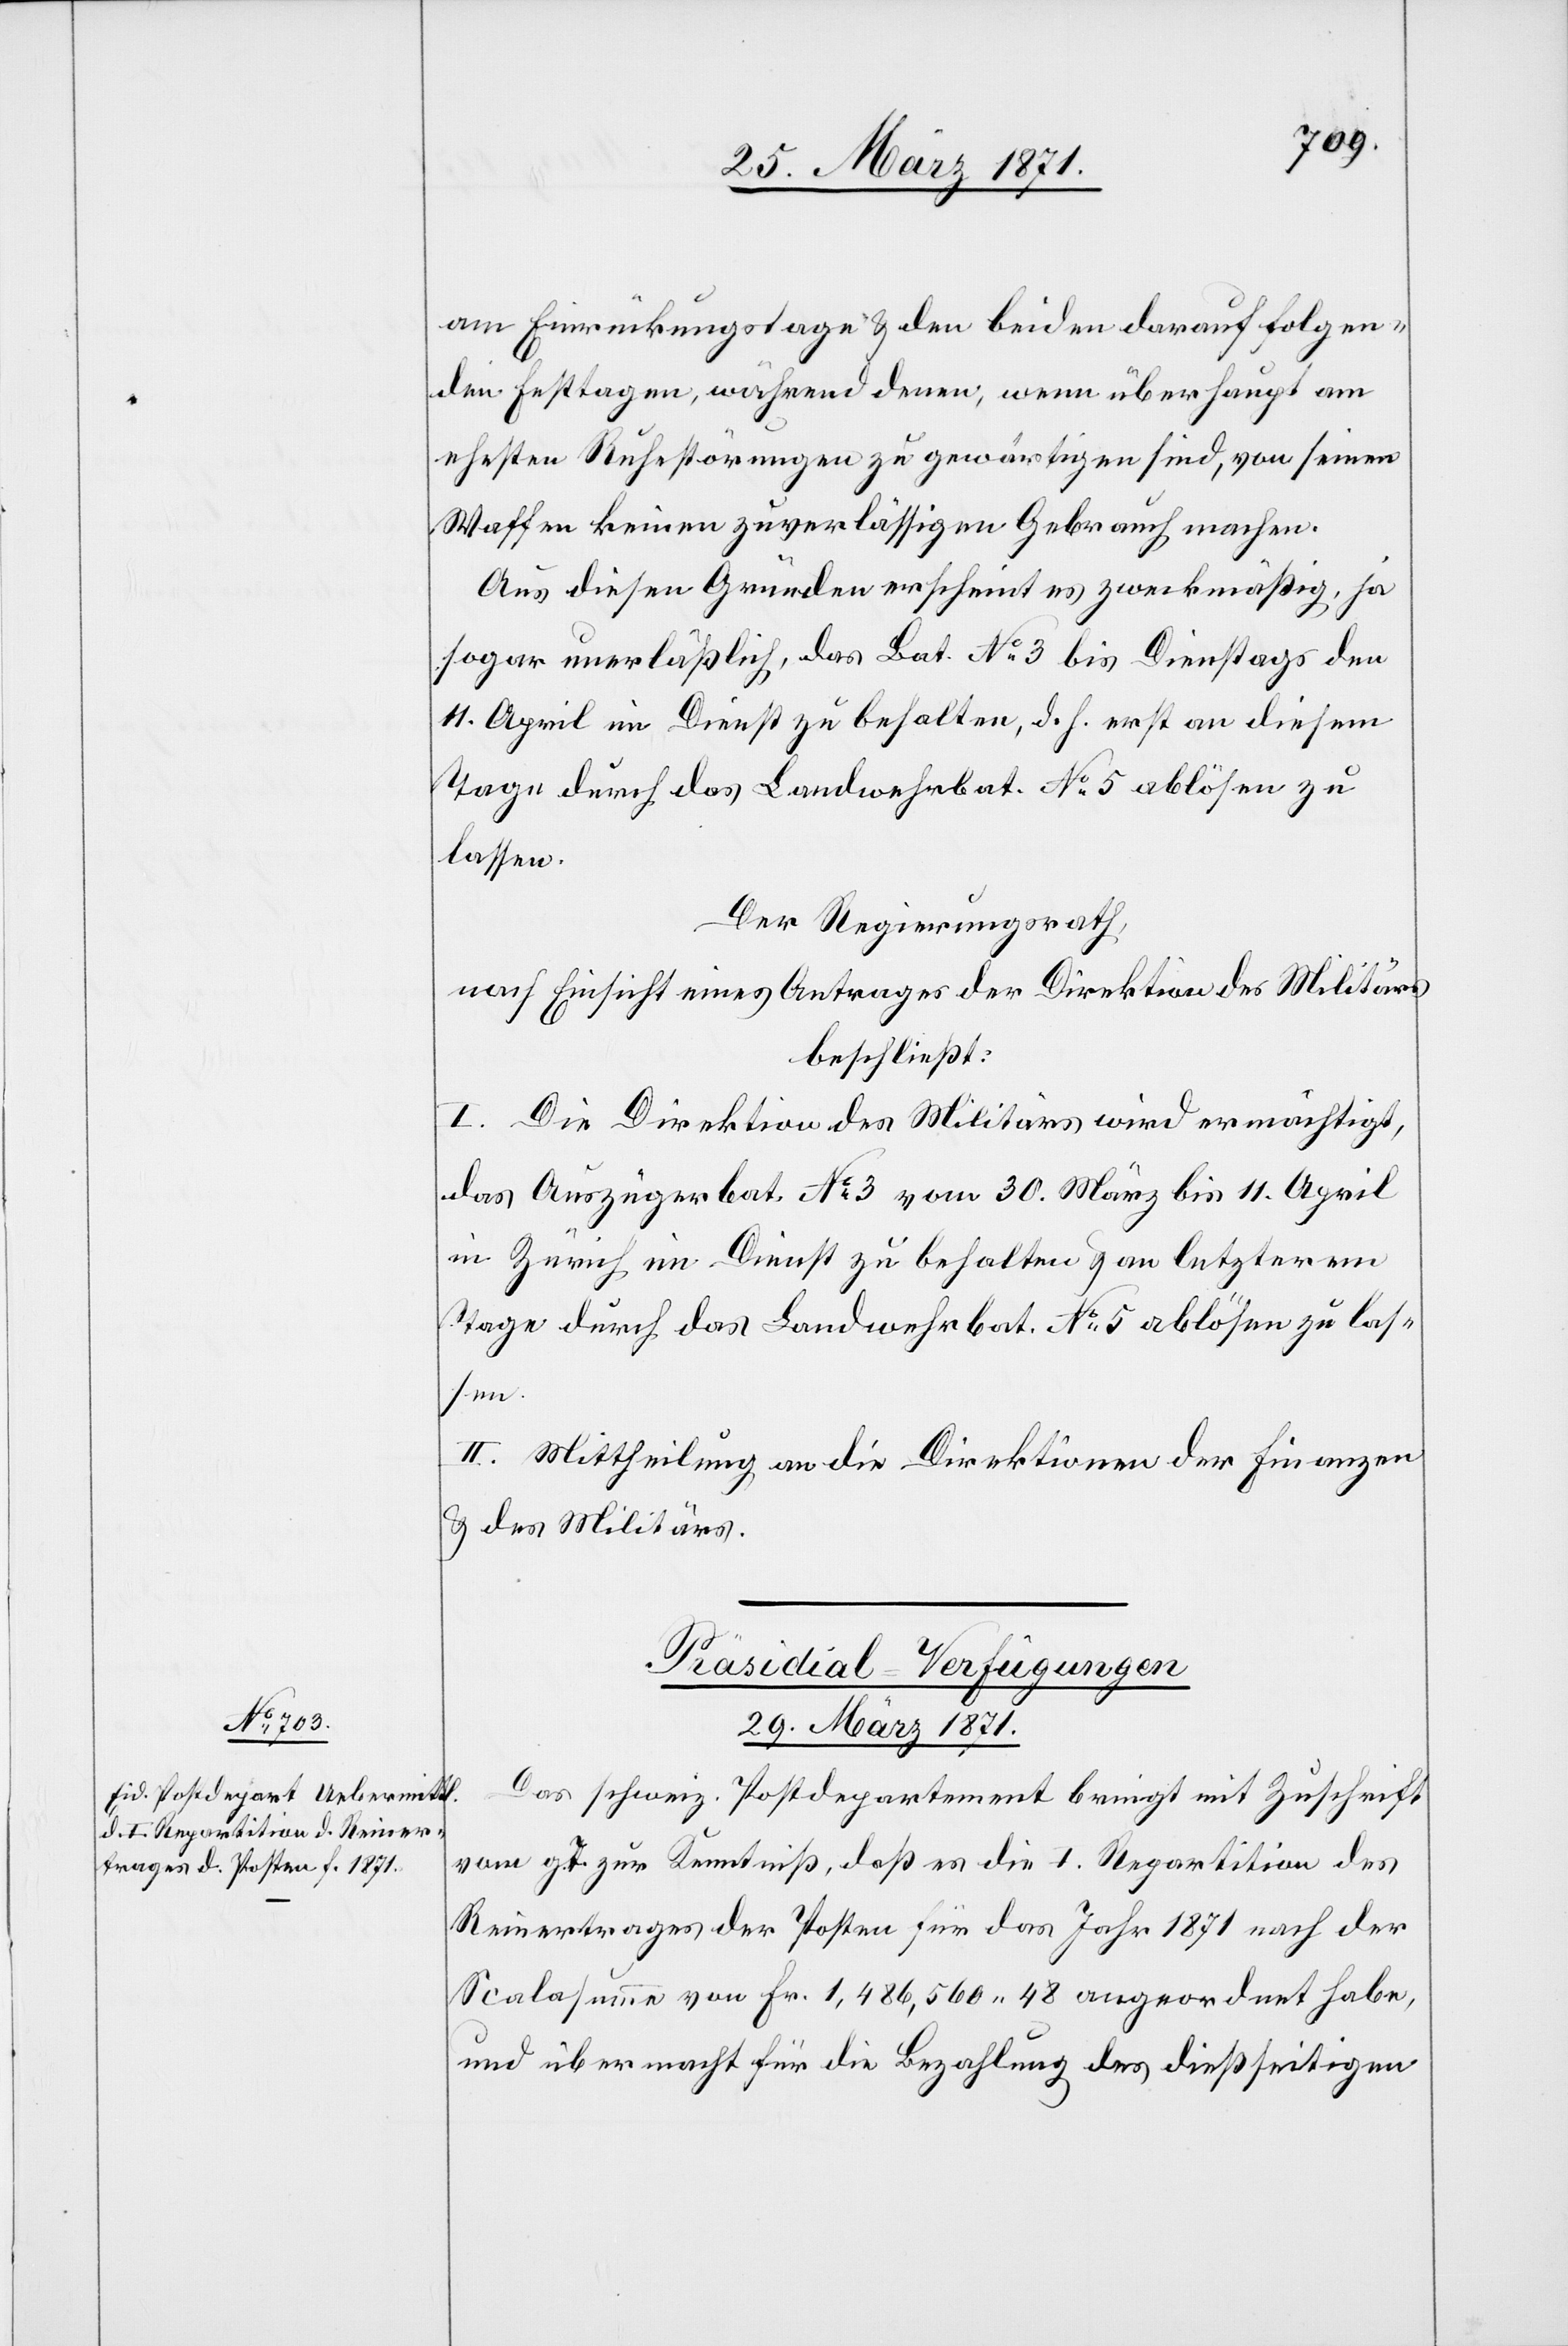
am Einrückungstage u. den beiden darauf folgen¬
den Festtagen, während denen, wenn überhaupt am
ehesten Ruhestörungen zu gewärtigen sind, von seinen
Waffen keinen zuverlässigen Gebrauch machen.
Aus diesen Gründen erscheint es zweckmäßig, ja
sogar unerläßlich, das Bat. No. 3 bis Dienstags den
11. April im Dienst zu behalten, d. h. erst an diesem
Tage durch das Landwehrbat. No. 5 ablösen zu
lassen.
Der Regierungsrath,
nach Einsicht eines Antrages der Direktion des Militärs
beschließt:
I. Die Direktion des Militärs wird ermächtigt,
das Auszügerbat. No. 3 vom 30. März bis 11. April
in Zürich im Dienst zu behalten u. an letzterem
II. Mittheilung an die Direktion der Finanzen
u. des Militärs.
Präsidial-Verfügungen
29. März 1871.
Das schweiz. Postdepartement bringt mit Zuschrift
vom g. T. zur Kenntniß, daß es die I. Repartition des
Reinertrages der Posten für das Jahr 1871 nach der
Scalasumme von Fr. 1,486,560.48 angeordnet habe,
und übermacht für die Bezahlung des dießseitigen